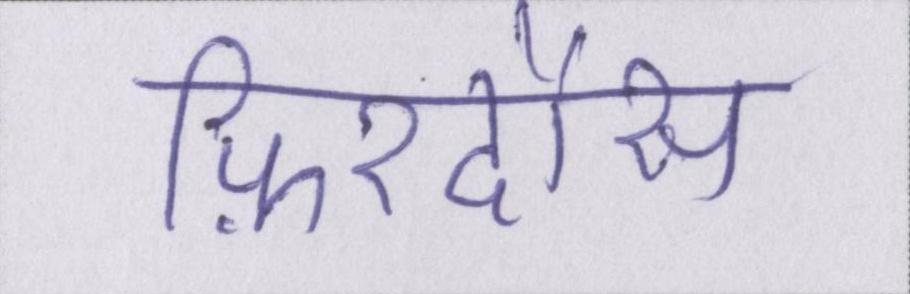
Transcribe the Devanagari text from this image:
फ़िरदौस